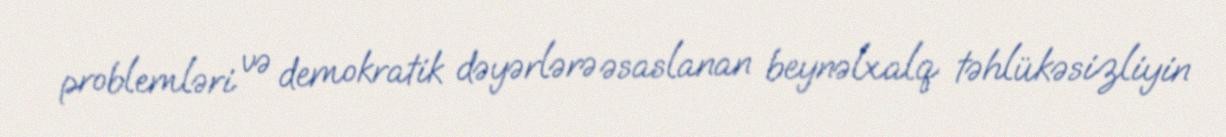
problemləri və demokratik dəyərlərə əsaslanan beynəlxalq təhlükəsizliyin